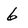
Character: 6